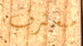
سيعترف